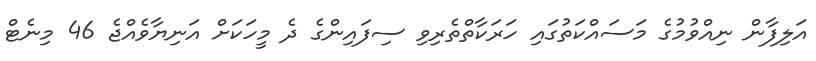
އަލިފާން ނިއްވުމުގެ މަސައްކަތުގައި ހަރަކާތްތެރިވި ސިފައިންގެ ދެ މީހަކަށް އަނިޔާވެއްޖެ 46 މިނެޓް